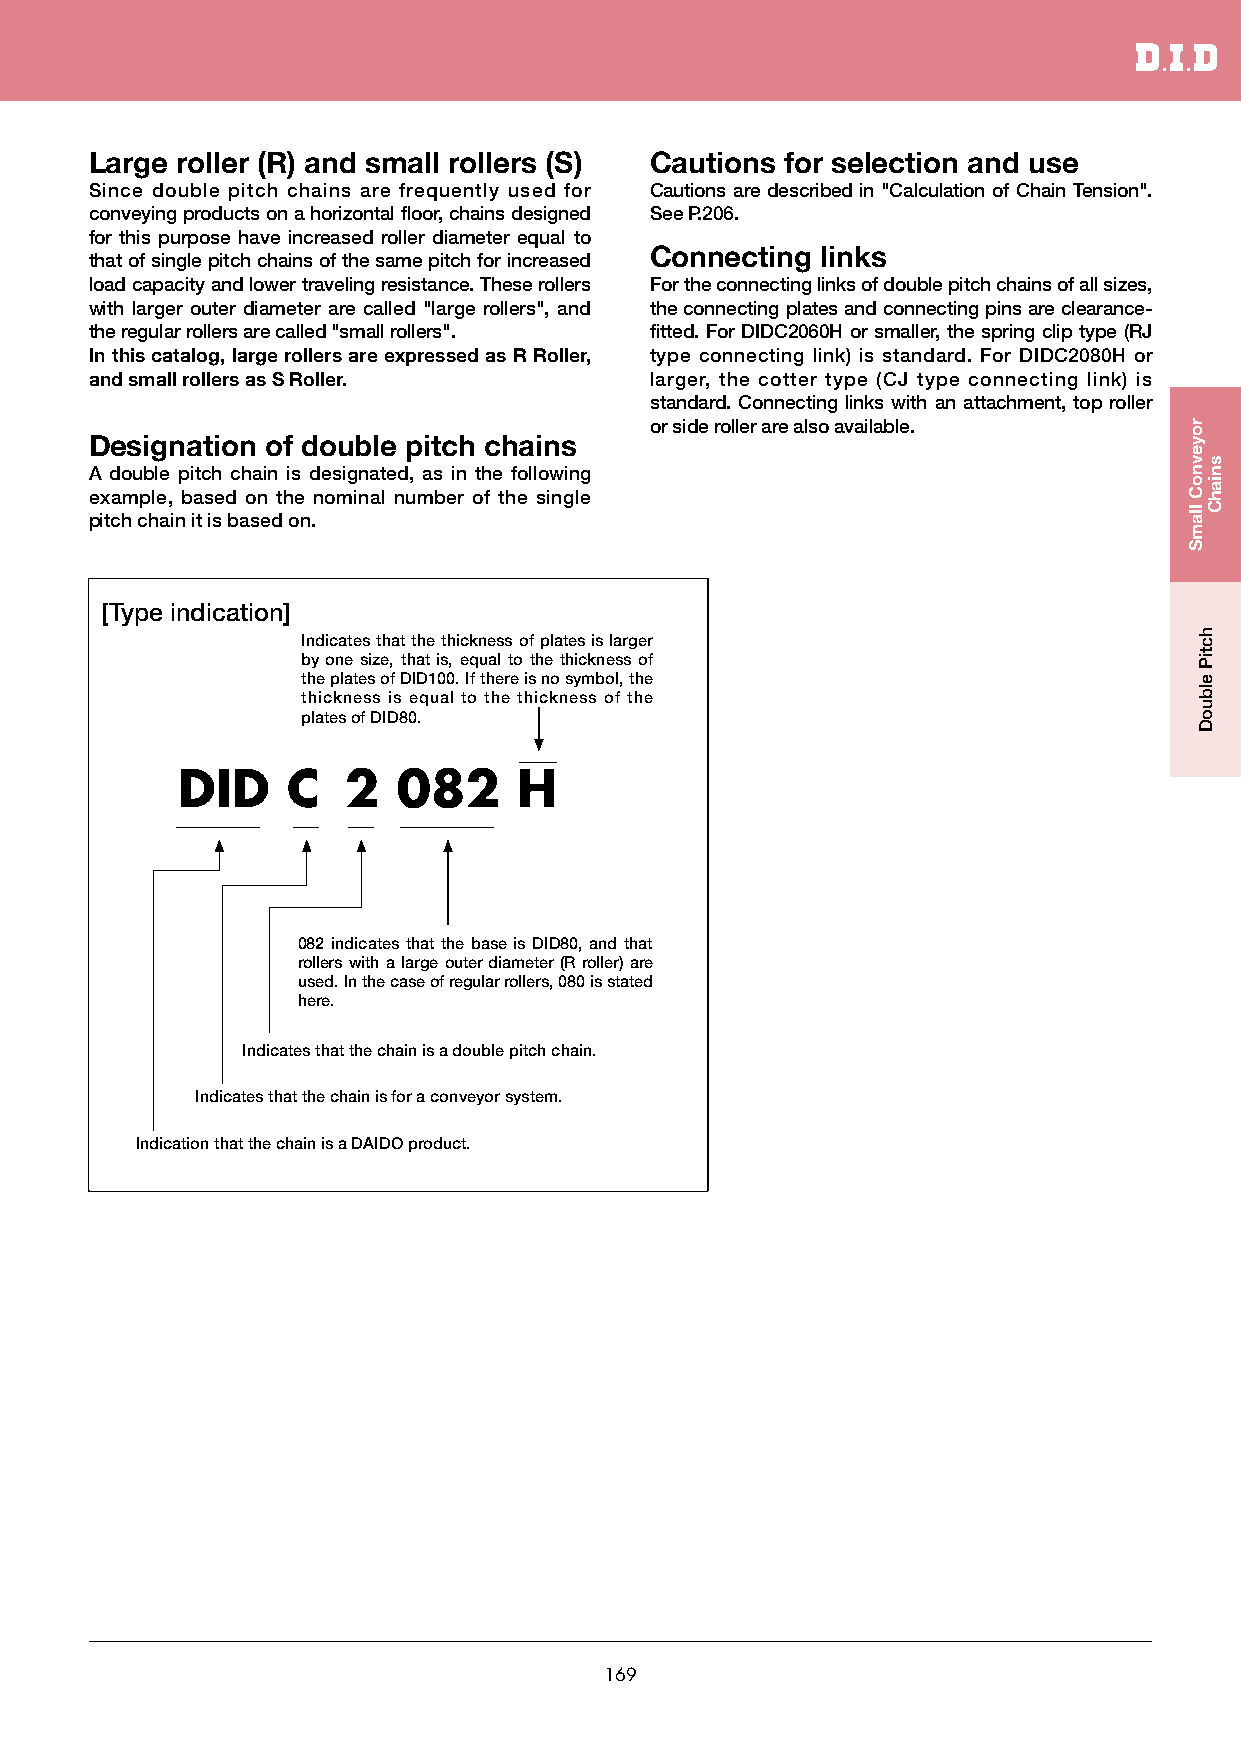
Large roller (R) and small rollers (S) Cautions for selection and use
 Since double pitch chains are frequently used for Cautions are described in "Calculation of Chain Tension".
 conveying products on a horizontal floor, chains designed See P.206.
 for this purpose have increased roller diameter equal to
 Connecting links
 that of single pitch chains of the same pitch for increased
 load capacity and lower traveling resistance. These rollers For the connecting links of double pitch chains of all sizes,
 with larger outer diameter are called "large rollers", and the connecting plates and connecting pins are clearance-
 the regular rollers are called "small rollers". fitted. For DIDC2060H or smaller, the spring clip type (RJ
 In this catalog, large rollers are expressed as R Roller, type connecting link) is standard. For DIDC2080H or
 and small rollers as S Roller.       larger, the cotter type (CJ type connecting link) is
 standard. Connecting links with an attachment, top roller
 or side roller are also available.
 Designation of double pitch chains
 A double pitch chain is designated, as in the following
 example, based on the nominal number of the single
 pitch chain it is based on.
 [Type indication]
 Indicates that the thickness of plates is larger
 by one size, that is, equal to the thickness of
 the plates of DID100. If there is no symbol, the
 thickness is equal to the thickness of the
 plates of DID80.
 DID    C   2  082     H
 082 indicates that the base is DID80, and that
 rollers with a large outer diameter (R roller) are
 used. In the case of regular rollers, 080 is stated
 here.
 Indicates that the chain is a double pitch chain.
 Indicates that the chain is for a conveyor system.
 Indication that the chain is a DAIDO product.
 169
 royevnoC
 llamS
 hctiP
 elbuoD
 sniahC